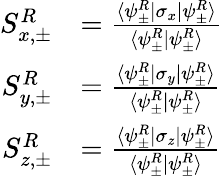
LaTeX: \begin{array}{rl}{S_{x,\pm}^{R}}&{=\frac{\langle\psi_{\pm}^{R}|\sigma_{x}|\psi_{\pm}^{R}\rangle}{\langle\psi_{\pm}^{R}|\psi_{\pm}^{R}\rangle}}\\ {S_{y,\pm}^{R}}&{=\frac{\langle\psi_{\pm}^{R}|\sigma_{y}|\psi_{\pm}^{R}\rangle}{\langle\psi_{\pm}^{R}|\psi_{\pm}^{R}\rangle}}\\ {S_{z,\pm}^{R}}&{=\frac{\langle\psi_{\pm}^{R}|\sigma_{z}|\psi_{\pm}^{R}\rangle}{\langle\psi_{\pm}^{R}|\psi_{\pm}^{R}\rangle}}\end{array}